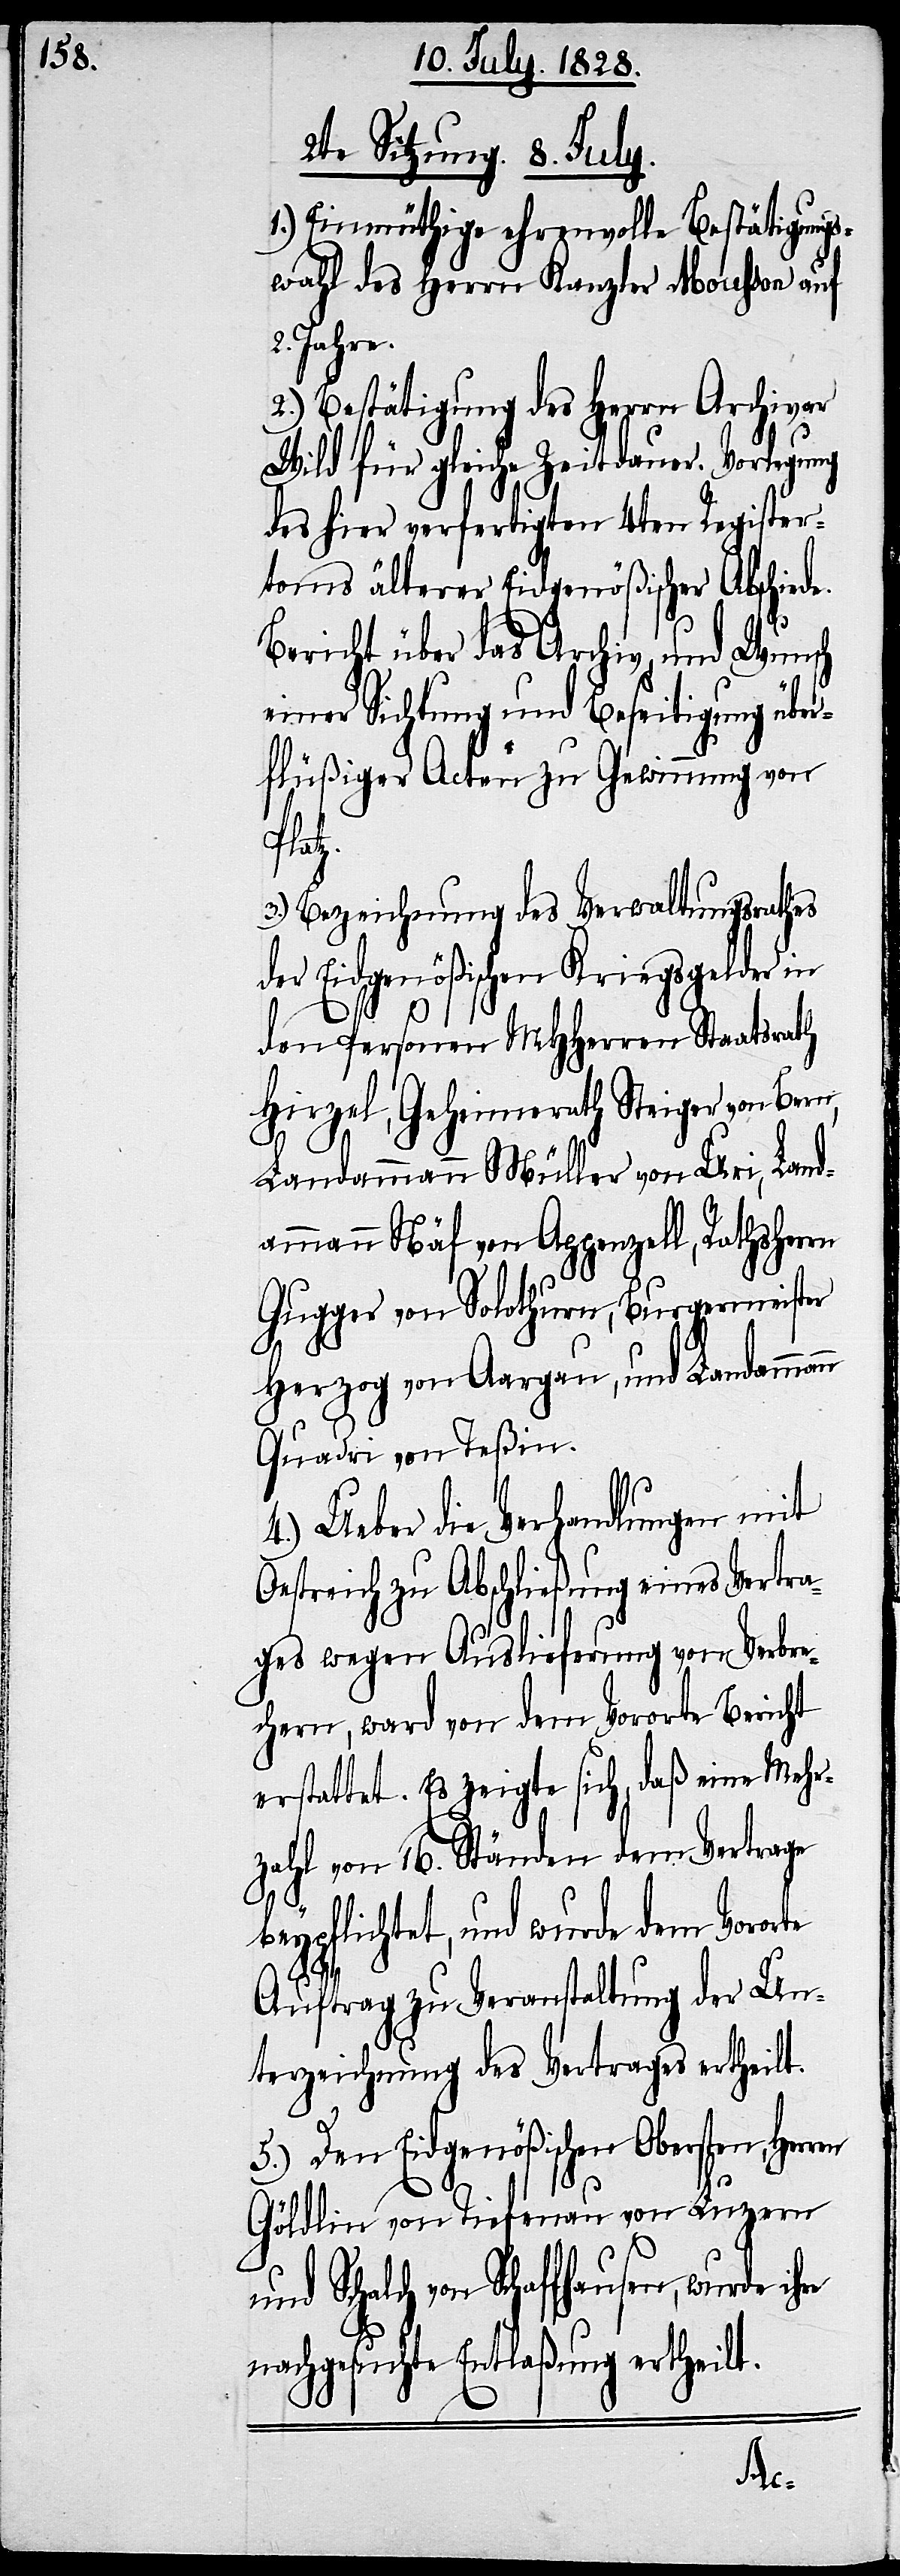
2. Sitzung. 8. July.
1.) Einmüthige ehrenvolle Bestätigungs¬
wahl des Herrn Kanzler Mousson auf
2. Jahre.
2.) Bestätigung des Herrn Archivar
Wild für gleiche Zeitdauer. Vorlegung
des hier verfertigten 4ten Register¬
toms älterer Eidgenößischer Abschiede.
Bericht über das Archiv und Wunsch
einer Sichtung und Beseitigung übe¬
rflüßiger Acten zu Gewinnung von
Platz.
3.) Bezeichnung des Verwaltungsrathes
der Eidgenößischen Kriegsgelder in
den Personen MHHerren Staatsrath
Hirzel, Geheimerath Steiger von Bern,
Landammann Müller von Uri, Land¬
ammann Näf von Appenzell, Rathsherrn
Gugger von Solothurn, Burgermeister
Herzog von Aargau, und Landammann
Quadri von Teßin.
4.) Ueber die Verhandlungen mit
Oestreich zu Abschließung eines Vertra¬
ges wegen Auslieferung von Verbre¬
chern, ward von dem Vororte Bericht
erstattet. Es zeigte sich, daß eine Mehr¬
zahl von 16. Ständen dem Vertrage
beypflichtet, und wurde dem Vororte
Auftrag zu Veranstaltung der Un¬
terzeichnung des Vertrages ertheilt.
5.) Den Eidgenößischen Obersten, Herr¬
Göldlin von Tiefenau von Luzern
Schalch von Schaffhausen, wurde
nachgesuchte Entlaßung ertheilt.
en